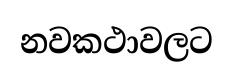
නවකථාවලට